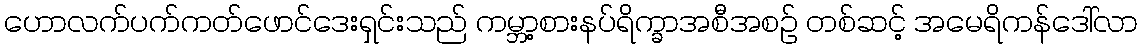
ဟောလက်ပက်ကတ်ဖောင်ဒေးရှင်းသည် ကမ္ဘာ့စားနပ်ရိက္ခာအစီအစဉ် တစ်ဆင့် အမေရိကန်ဒေါ်လာ